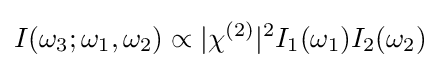
I(\omega _{3};\omega _{1},\omega _{2})\propto |\chi ^{(2)}|^{2}I_{1}(\omega _{1})I_{2}(\omega _{2})